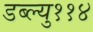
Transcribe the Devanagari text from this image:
डब्ल्यु११४